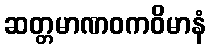
ဆတ္တမာဏဝကဝိမာနံ